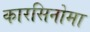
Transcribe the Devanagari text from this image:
कारसिनोमा